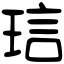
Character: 琂